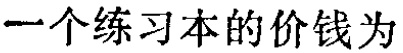
一个练习本的价钱为